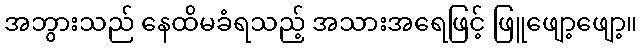
အဘွားသည် နေထိမခံရသည့် အသားအရေဖြင့် ဖြူဖျော့ဖျော့။